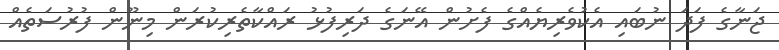
ޖަނާގެ ފަދަ ނުބައި އެކުވެރިޔެއްގެ ފެށުން އޭނަގެ ދަރިފުޅު ރައްކާތެރިކުރަން މިނޫން ފުރުސަތެއް